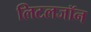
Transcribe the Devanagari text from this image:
लिटलजॉन